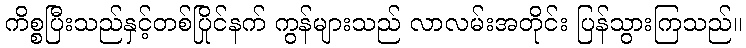
ကိစ္စပြီးသည်နှင့်တစ်ပြိုင်နက် ကွန်များသည် လာလမ်းအတိုင်း ပြန်သွားကြသည်။